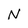
Character: N